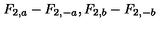
F _ { 2 , a } - F _ { 2 , - a } , F _ { 2 , b } - F _ { 2 , - b }